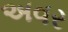
અવર